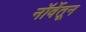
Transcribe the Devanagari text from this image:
नॉर्वेतून